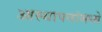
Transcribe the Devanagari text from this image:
आस्‍थापनांमध्‍ये